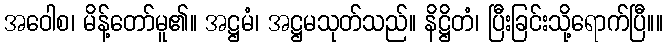
အဝေါစ၊ မိန့်တော်မူ၏။ အဋ္ဌမံ၊ အဋ္ဌမသုတ်သည်။ နိဋ္ဌိတံ၊ ပြီးခြင်းသို့ရောက်ပြီ။။